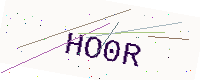
Text: HO0R